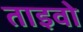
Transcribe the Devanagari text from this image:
ताइवो